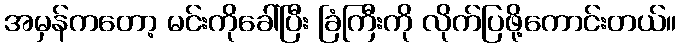
အမှန်ကတော့ မင်းကိုခေါ်ပြီး ခြံကြီးကို လိုက်ပြဖို့ကောင်းတယ်။